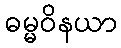
ဓမ္မဝိနယာ